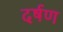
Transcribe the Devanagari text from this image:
दर्षण